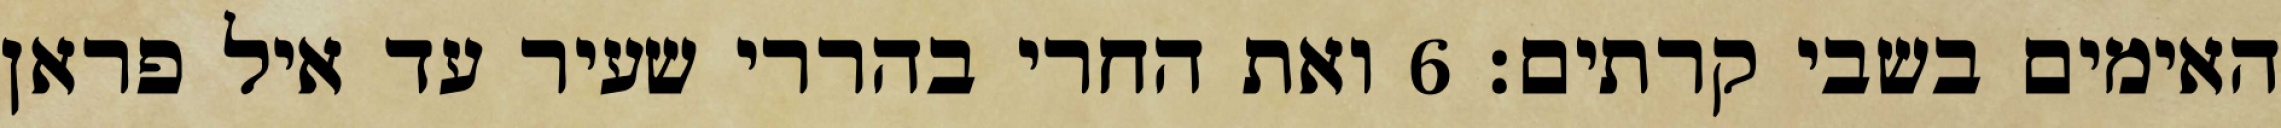
האימים בשבי קרתים׃ ‎6‏ ואת החרי בהררי שעיר עד איל פראן